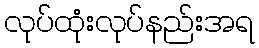
လုပ်ထုံးလုပ်နည်းအရ